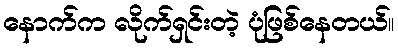
နောက်က လိုက်ရှင်းတဲ့ ပုံဖြစ်နေတယ်။